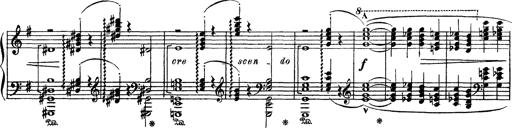
Title: AnnÃ©es de PÃ¨lerinage III
Composer: Franz Liszt